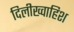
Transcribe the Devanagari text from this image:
दिलीख्वाहिश